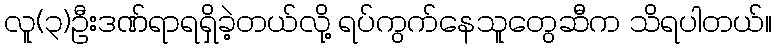
လူ(၃)ဦးဒဏ်ရာရရှိခဲ့တယ်လို့ ရပ်ကွက်နေသူတွေဆီက သိရပါတယ်။